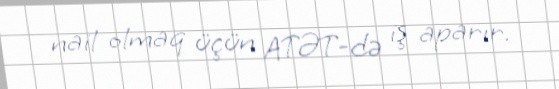
nail olmaq üçün ATƏT-də iş aparır.